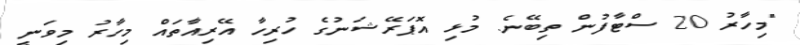
"މިހާރު 20 ސްޓާފުން ތިބޭނެ. މުޅި އޮޕަރޭޝަނުގެ ހުރިހާ އޭރިއާތައް މިހާރު މިވަނީ